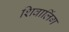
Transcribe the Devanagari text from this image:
शिवालिंग